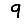
Digit: 9